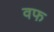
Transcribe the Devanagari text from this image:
वफ